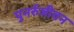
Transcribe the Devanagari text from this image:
पुनर्रुजीवन